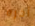
آخره